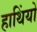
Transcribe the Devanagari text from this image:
हाथिंयो